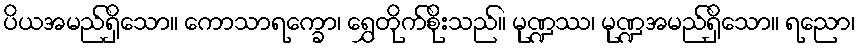
ပိယအမည်ရှိသော။ ကောသာရက္ခော၊ ရွှေတိုက်စိုးသည်။ မုဏ္ဍဿ၊ မုဏ္ဍအမည်ရှိသော။ ရညော၊